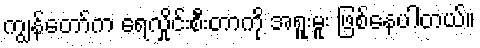
ကျွန်တော်က ရေလှိုင်းစီးတာကို အရူးမူး ဖြစ်နေပါတယ်။